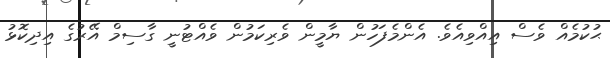
ޙުކުމެއް ވެސް އިއްވިއެވެ. އެންމެފަހުން ޔާމީން ވެރިކަމުން ވެއްޓުނީ ގާސިމް އޭރުގެ އިދިކޮޅު